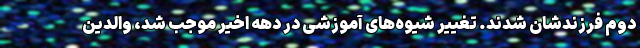
دوم فرزندشان شدند. تغییر شیوه‌های آموزشی در دهه اخیر موجب شد، والدین